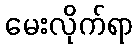
မေးလိုက်ရာ